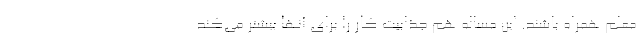
معلم همراه باشند. این مساله هم جذابیت کار را برای آنها بیشتر می‌کند